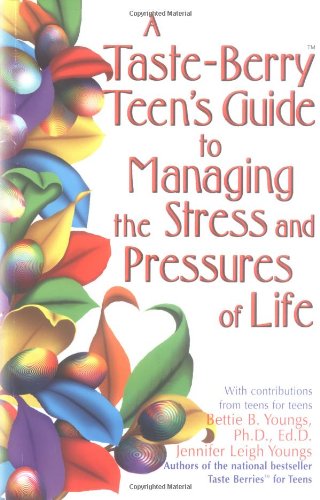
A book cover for A Taste Berry Teen's Guide to Managing the Stress and Pressures of Life (Taste Berries Series); Bettie B. Youngs; Teen & Young Adult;